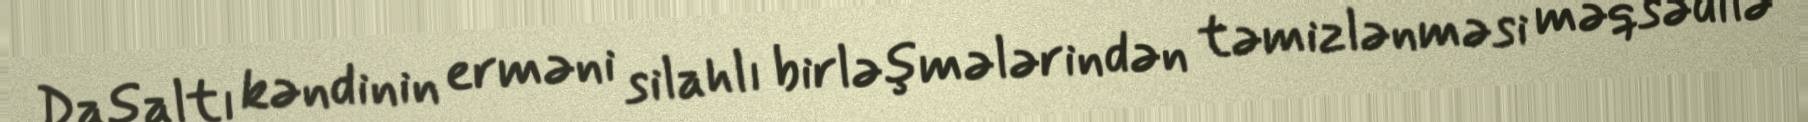
Daşaltı kəndinin erməni silahlı birləşmələrindən təmizlənməsi məqsədilə